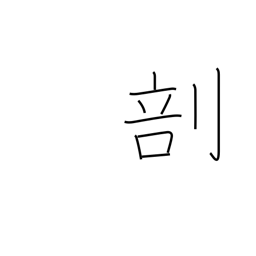
Meaning: divide